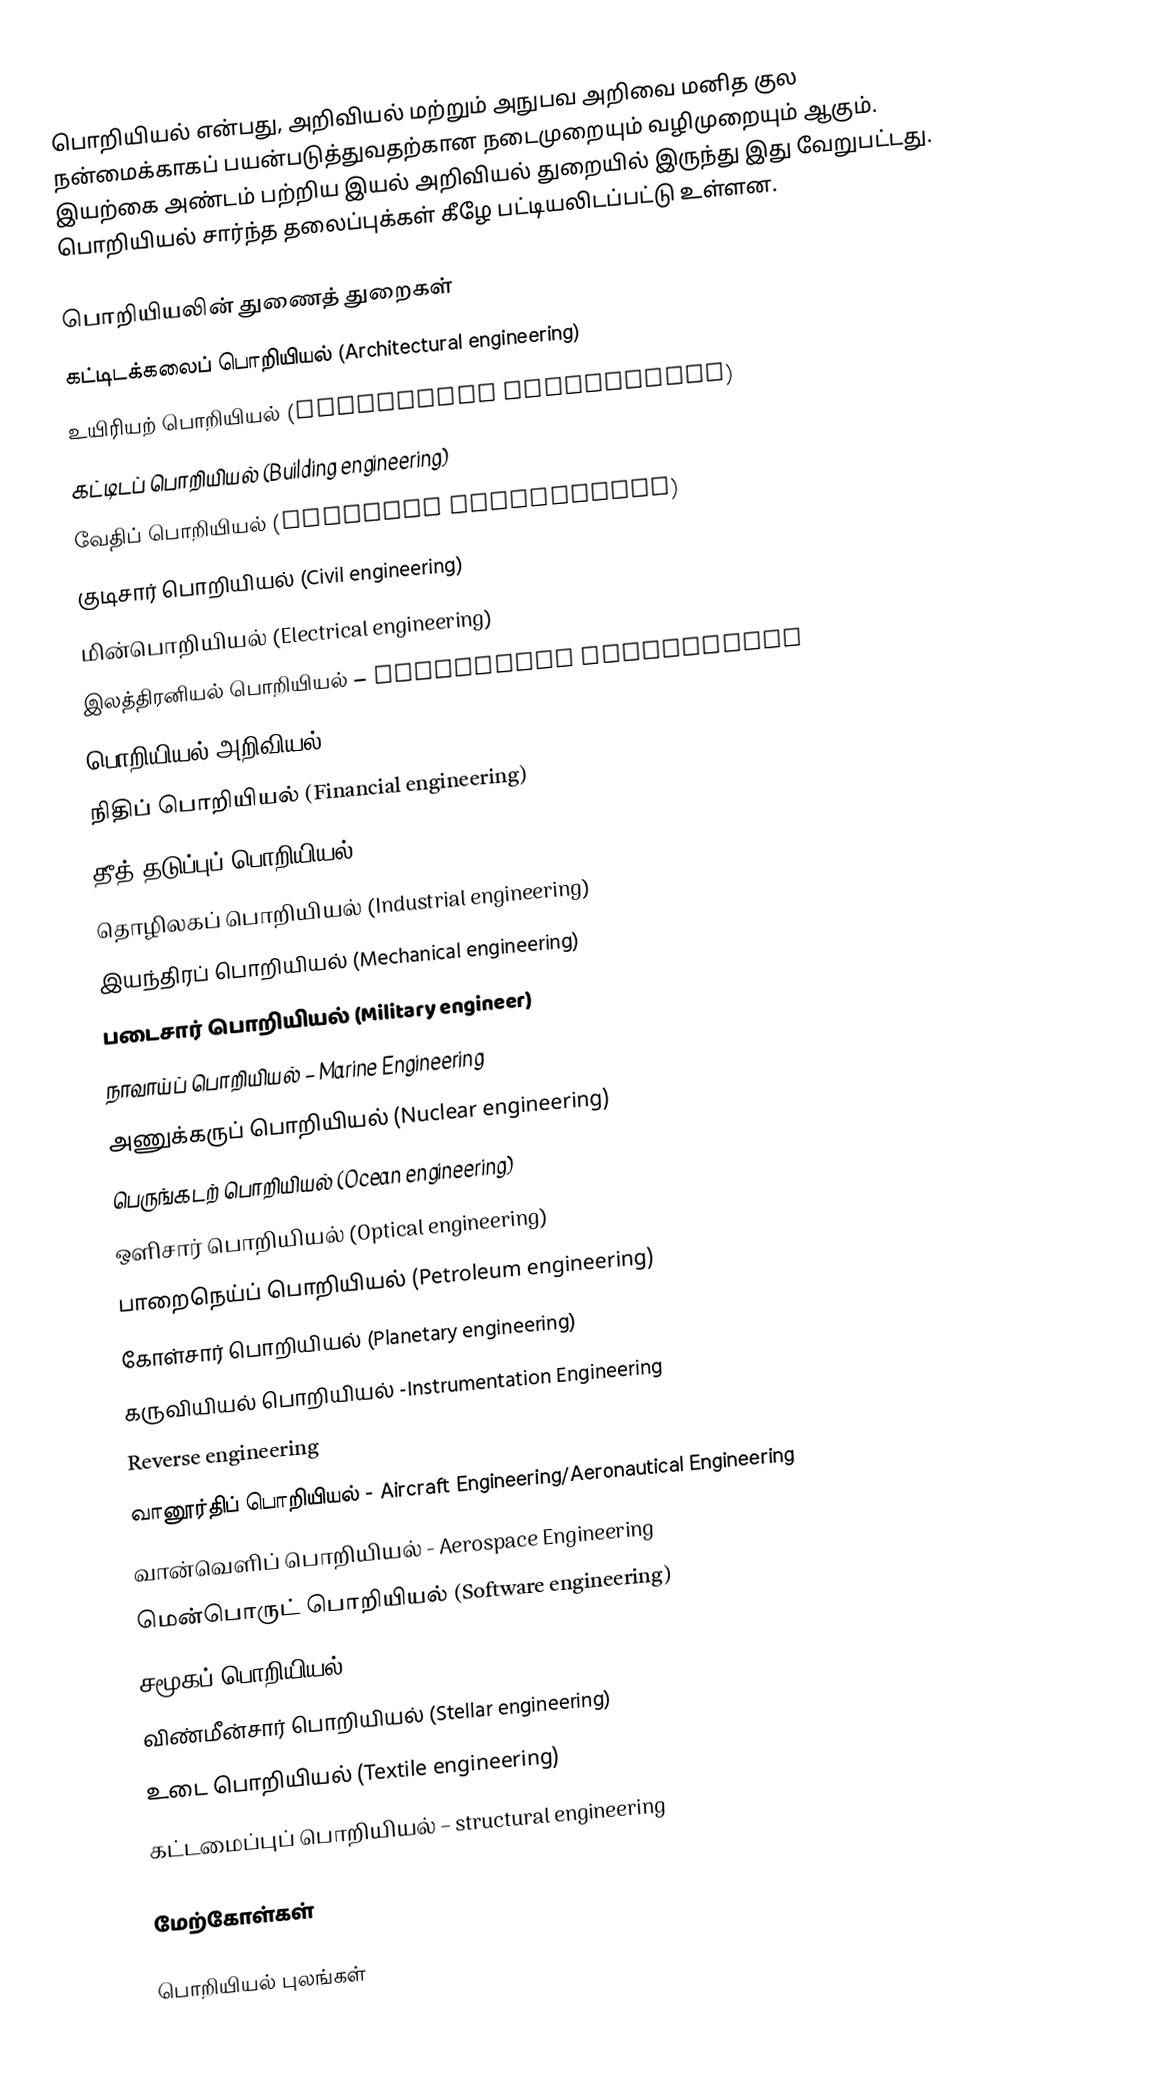
பொறியியல் என்பது, அறிவியல் மற்றும் அநுபவ அறிவை மனித குல நன்மைக்காகப் பயன்படுத்துவதற்கான நடைமுறையும் வழிமுறையும் ஆகும்.   இயற்கை அண்டம் பற்றிய இயல் அறிவியல் துறையில் இருந்து இது வேறுபட்டது. பொறியியல் சார்ந்த தலைப்புக்கள் கீழே பட்டியலிடப்பட்டு உள்ளன.

பொறியியலின் துணைத் துறைகள்
 கட்டிடக்கலைப் பொறியியல் (Architectural engineering)
 உயிரியற் பொறியியல் (Biological engineering)
 கட்டிடப் பொறியியல் (Building engineering)
 வேதிப் பொறியியல் (Chemical engineering)
 குடிசார் பொறியியல் (Civil engineering)
 மின்பொறியியல் (Electrical engineering)
 இலத்திரனியல் பொறியியல் – Electronic Engineering
 பொறியியல் அறிவியல் (Engineering Science)
 நிதிப் பொறியியல் (Financial engineering)
 தீத் தடுப்புப் பொறியியல் (Fire protection engineering)
 தொழிலகப் பொறியியல் (Industrial engineering)
 இயந்திரப் பொறியியல் (Mechanical engineering)
 படைசார் பொறியியல் (Military engineer)
 நாவாய்ப் பொறியியல் – Marine Engineering
 அணுக்கருப் பொறியியல் (Nuclear engineering)
 பெருங்கடற் பொறியியல் (Ocean engineering)
 ஒளிசார் பொறியியல் (Optical engineering)
 பாறைநெய்ப் பொறியியல் (Petroleum engineering)
 கோள்சார் பொறியியல் (Planetary engineering)
 கருவியியல் பொறியியல் -Instrumentation Engineering
 Reverse engineering
 வானூர்திப் பொறியியல் - Aircraft Engineering/Aeronautical Engineering
 வான்வெளிப் பொறியியல் - Aerospace Engineering
 மென்பொருட் பொறியியல் (Software engineering)
 சமூகப் பொறியியல் (Social engineering)
 விண்மீன்சார் பொறியியல் (Stellar engineering)
 உடை பொறியியல் (Textile engineering)
 கட்டமைப்புப் பொறியியல் – structural engineering

மேற்கோள்கள்

பொறியியல் புலங்கள்